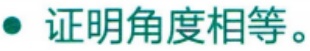
证明角度相等。